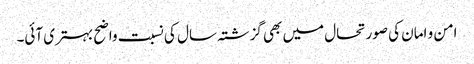
امن و امان کی صورتحال میں بھی گزشتہ سال کی نسبت واضح بہتری آئی۔